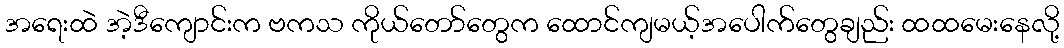
အရေးထဲ အဲ့ဒီကျောင်းက ဗကသ ကိုယ်တော်တွေက ထောင်ကျမယ့်အပေါက်တွေချည်း ထထမေးနေလို့